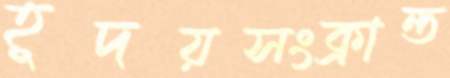
হূদয়সংক্রান্ত